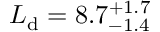
L _ { \mathrm { d } } = 8 . 7 _ { - 1 . 4 } ^ { + 1 . 7 }